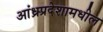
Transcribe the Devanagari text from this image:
आंध्रप्रदेशामधील